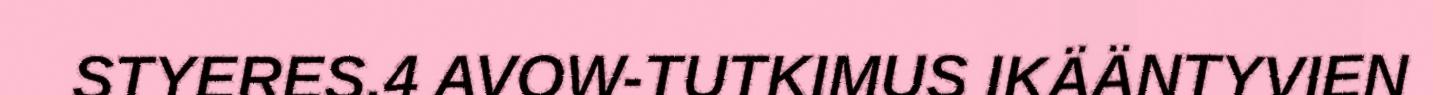
STYERES.4 AVOW-TUTKIMUS IKÄÄNTYVIEN